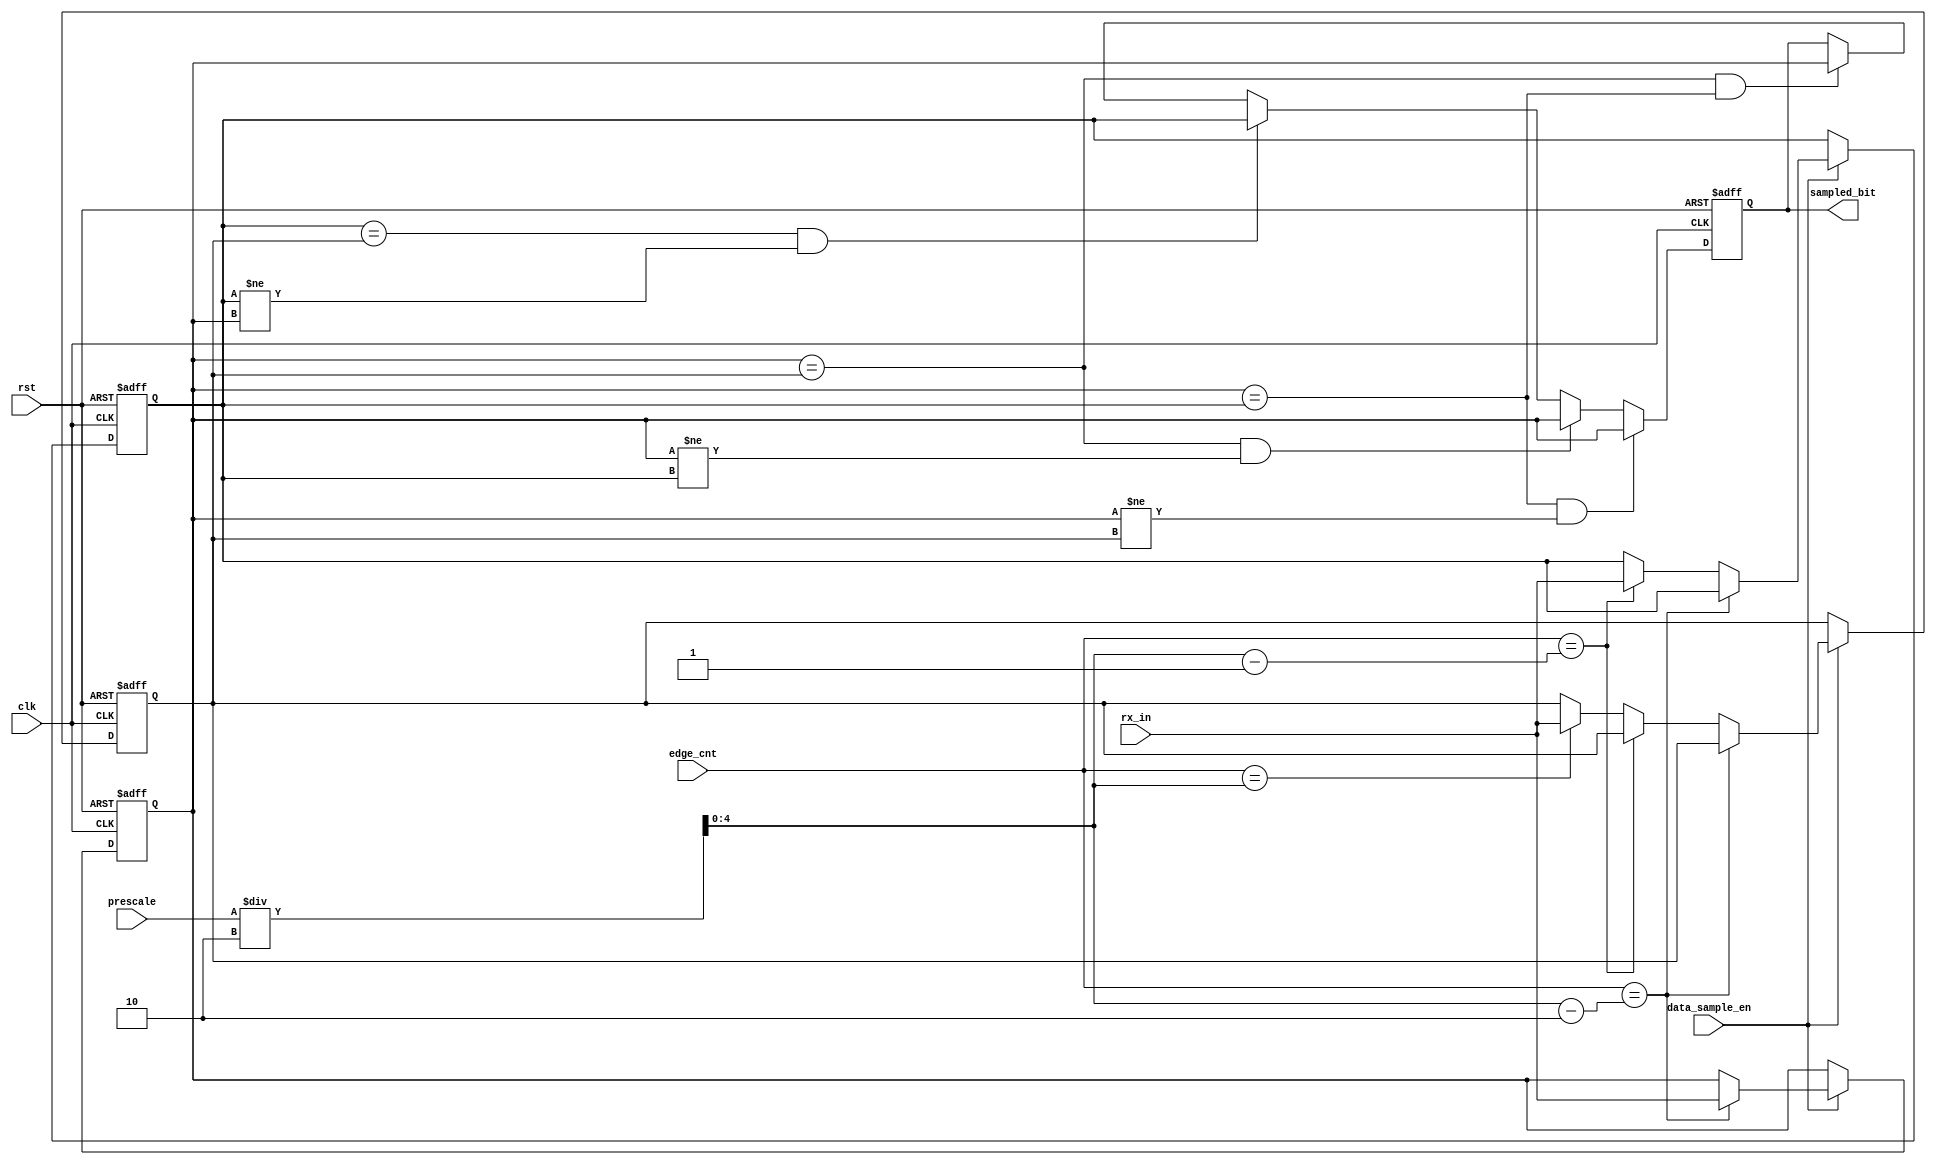
module data_sampling(
  input wire clk,rst,
  input wire rx_in,data_sample_en,
  input wire [4:0] prescale,
  input wire [5:0] edge_cnt,
  output reg sampled_bit
  );
  

/*** for 3 edges used in oversampling ***/
reg[4:0]  edge_cnt_1;
reg[4:0]  edge_cnt_2;
reg[4:0]  edge_cnt_3;

/*** 3 sampled bits from oversampling ***/
reg sampled_bit_1,sampled_bit_2,sampled_bit_3;

always@(*)begin
  edge_cnt_1 =  (prescale/6'd2)-6'd2;
  edge_cnt_2 =  (prescale/6'd2)-6'd1;
  edge_cnt_3 =  (prescale/6'd2);
end

always@(posedge clk or negedge rst)begin
   if(!rst)begin
	sampled_bit_1 <= 1'b0;
	sampled_bit_2 <= 1'b0;
	sampled_bit_3 <= 1'b0;
	end
   else if(data_sample_en)begin
      if(edge_cnt == edge_cnt_1)
      sampled_bit_1 <= rx_in;
      else if(edge_cnt == edge_cnt_2)
      sampled_bit_2 <= rx_in;
      else if(edge_cnt == edge_cnt_3)
      sampled_bit_3 <= rx_in;
     end

end

/*** checking sampled bits ***/
always@(posedge clk or negedge rst)begin
  if(!rst)
    sampled_bit <= 1'b0;
   else begin		
	
  if(sampled_bit_1 == sampled_bit_2 && sampled_bit_1 != sampled_bit_3)
    sampled_bit <= sampled_bit_1;
  else if(sampled_bit_1 == sampled_bit_3 && sampled_bit_1 != sampled_bit_2)
    sampled_bit <= sampled_bit_1;
  else if(sampled_bit_2 == sampled_bit_3 && sampled_bit_2 != sampled_bit_1)
    sampled_bit <= sampled_bit_2;
  else if(sampled_bit_1 == sampled_bit_3 && sampled_bit_1 == sampled_bit_2)
    sampled_bit <= sampled_bit_1;
end
end
endmodule